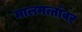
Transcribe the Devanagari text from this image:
मालमत्तांवर